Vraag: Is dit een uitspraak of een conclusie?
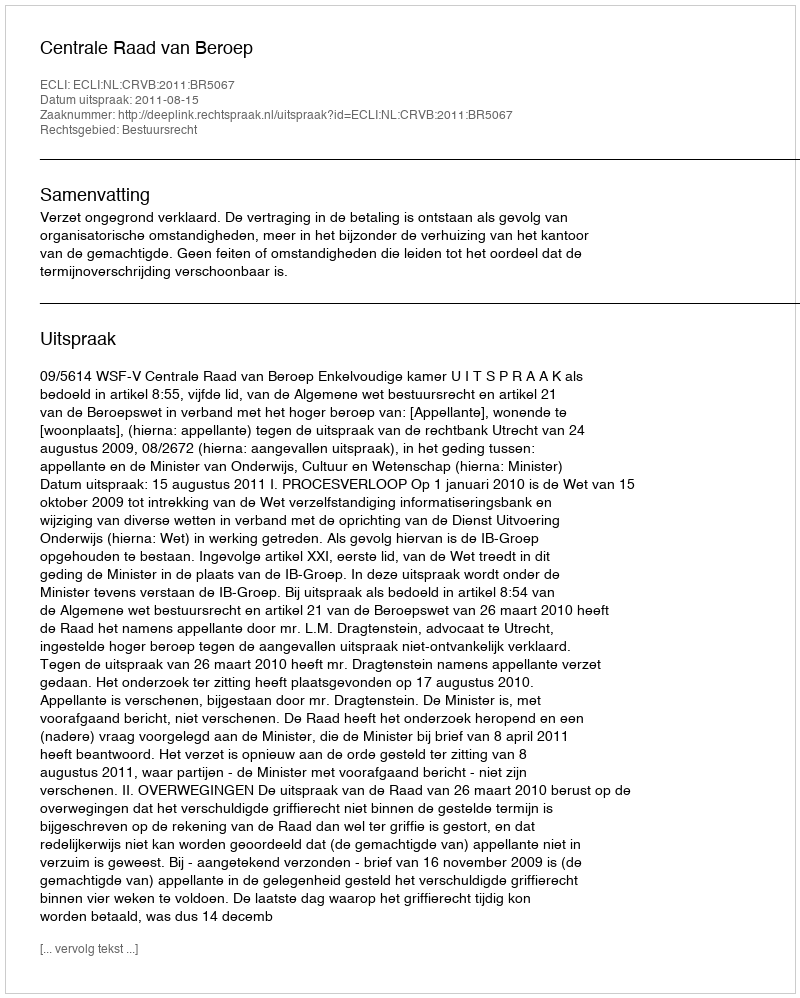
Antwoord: Uitspraak